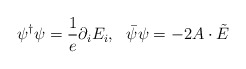
\begin{align*}\psi^\dagger\psi=\frac{1}{e}\partial_iE_i, \ \ \bar\psi\psi=-2A\cdot\tilde E\end{align*}